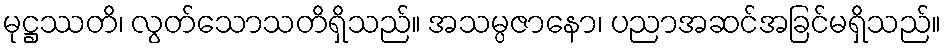
မုဋ္ဌဿတိ၊ လွတ်သောသတိရှိသည်။ အသမ္ပဇာနော၊ ပညာအဆင်အခြင်မရှိသည်။